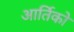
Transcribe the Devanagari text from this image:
आर्तिको